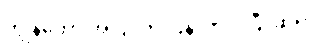
ကျွန်တော် အပြင်က ပြန်လာပါပြီ၊ ဆရာ။